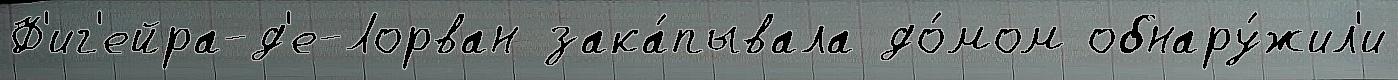
Ф'иг'ейра-д'е-Лорван зака́пывала до́мом обнару́жил'и